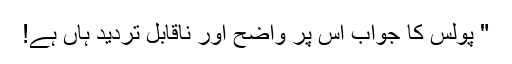
" پولُس کا جواب اِس پر واضح اور ناقابل تردید ہاں ہے!